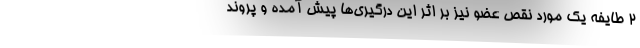
۲ طایفه یک مورد نقص عضو نیز بر اثر این درگیری‌ها پیش آمده و پروند